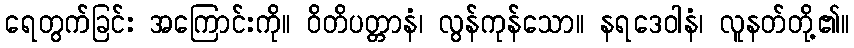
ရေတွက်ခြင်း အကြောင်းကို။ ဝိတိပတ္တာနံ၊ လွန်ကုန်သော။ နရဒေဝါနံ၊ လူနတ်တို့၏။